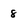
Character: 8